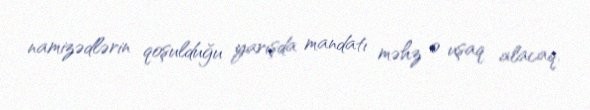
namizədlərin qoşulduğu yarışda mandatı məhz o uşaq alacaq.